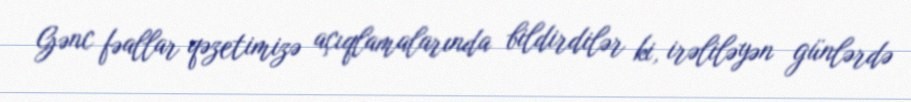
Gənc fəallar qəzetimizə açıqlamalarında bildirdilər ki, irəliləyən günlərdə